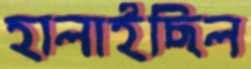
হালাইছিল